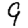
Digit: 9